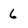
Character: 6